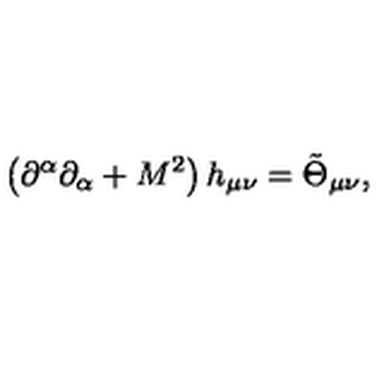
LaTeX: \left( \partial ^ { \alpha } \partial _ { \alpha } + M ^ { 2 } \right) h _ { \mu \nu } = \tilde { \Theta } _ { \mu \nu } ,